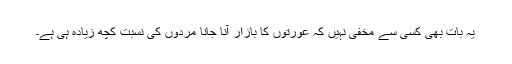
یہ بات بھی کسی سے مخفی نہیں کہ عورتوں کا بازار آنا جانا مردوں کی نسبت کچھ زیادہ ہی ہے۔